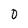
Character: 0